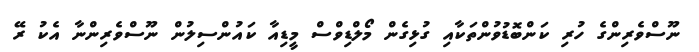
ނޫސްވެރިންގެ ހުރި ކަންބޮޑުވުންތަކާއި ގުޅިގެން މޯލްޑިވްސް މީޑިއާ ކައުންސިލުން ނޫސްވެރިންނާ އެކު ރޭ